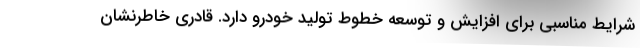
شرایط مناسبی برای افزایش و توسعه خطوط تولید خودرو دارد. قادری خاطرنشان